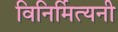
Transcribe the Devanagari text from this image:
विनिर्मित्यनी